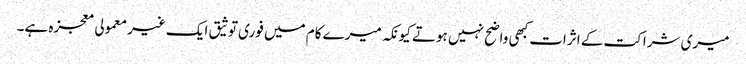
میری شراکت کے اثرات کبھی واضح نہیں ہوتے کیونکہ میرے کام میں فوری توثیق ایک غیر معمولی معجزہ ہے۔